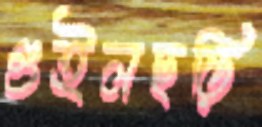
গুইলছড়ি